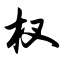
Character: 杈